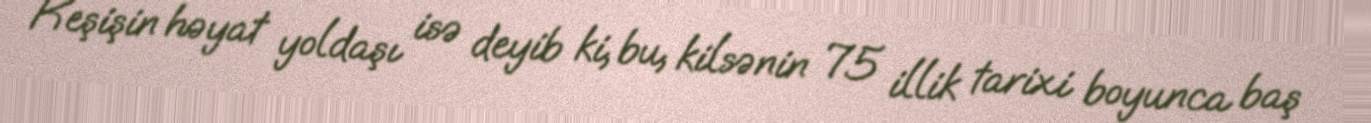
Keşişin həyat yoldaşı isə deyib ki, bu, kilsənin 75 illik tarixi boyunca baş